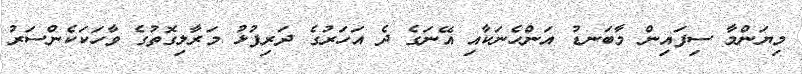
މިޔަންމާ ސިފައިން މާބަނޑު އަންހެނަކާއި އޭނަގެ ދެ އަހަރުގެ ދަރިފުޅު މަރާލިގޮތުގެ ވާހަކަކެންސަރު